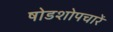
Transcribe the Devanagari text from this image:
षोडशोपचारें